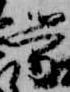
労